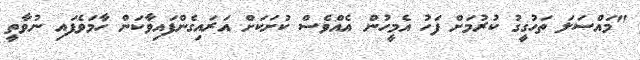
"މައްސަލަ ތަހުގީގު ކުރުމަށް ފަހު އެމީހުން އެއްވެސް ކުށަކަށް އަރައިގެންފައިވާކަން ހާމަވެފައި ނުވާތީ